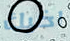
اخيك